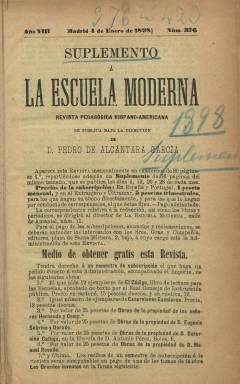
Título: Suplemento a La Escuela moderna
Colección: Educación
Ámbito geográfico: Madrid
Lugar de publicación: Madrid
Fechas: 04/01/1898-29/12/1934